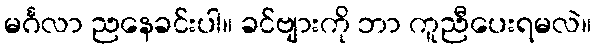
မင်္ဂလာ ညနေခင်းပါ။ ခင်ဗျားကို ဘာ ကူညီပေးရမလဲ။